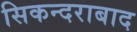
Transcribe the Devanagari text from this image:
सिकन्‍दराबाद